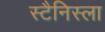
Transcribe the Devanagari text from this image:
स्टैनिस्ला